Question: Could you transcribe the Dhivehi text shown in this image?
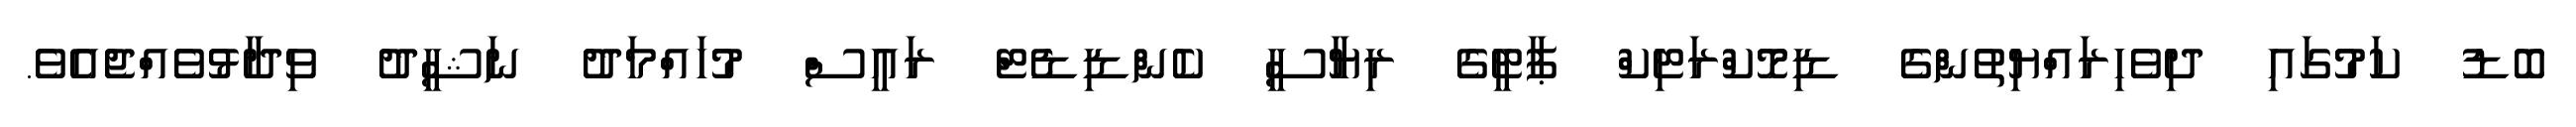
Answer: ބޮޑު ކަމުގައި ދިވެހިރައްޔިތުންގެ ޑިމޮކްރަޓިކް ޕާޓީގެ ރިޔާސީ ކެންޑިޑެޓް ރައީސް މުހައްމަދު ނަޝީދު ވިދާޅުވެއްޖެއެވެ.